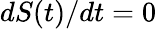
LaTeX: dS(t)/dt=0